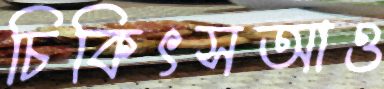
চিকিৎসআও